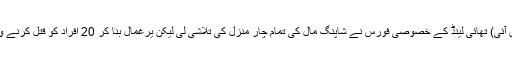
بینکاک، 9 فروری (یواین آئی) تھائی لینڈ کے خصوصی فورس نے شاپنگ مال کی تمام چار منزل کی تلاشی لی لیکن یرغمال بنا کر 20 افراد کو قتل کرنے والا مسلح شخص نہیں ملا۔